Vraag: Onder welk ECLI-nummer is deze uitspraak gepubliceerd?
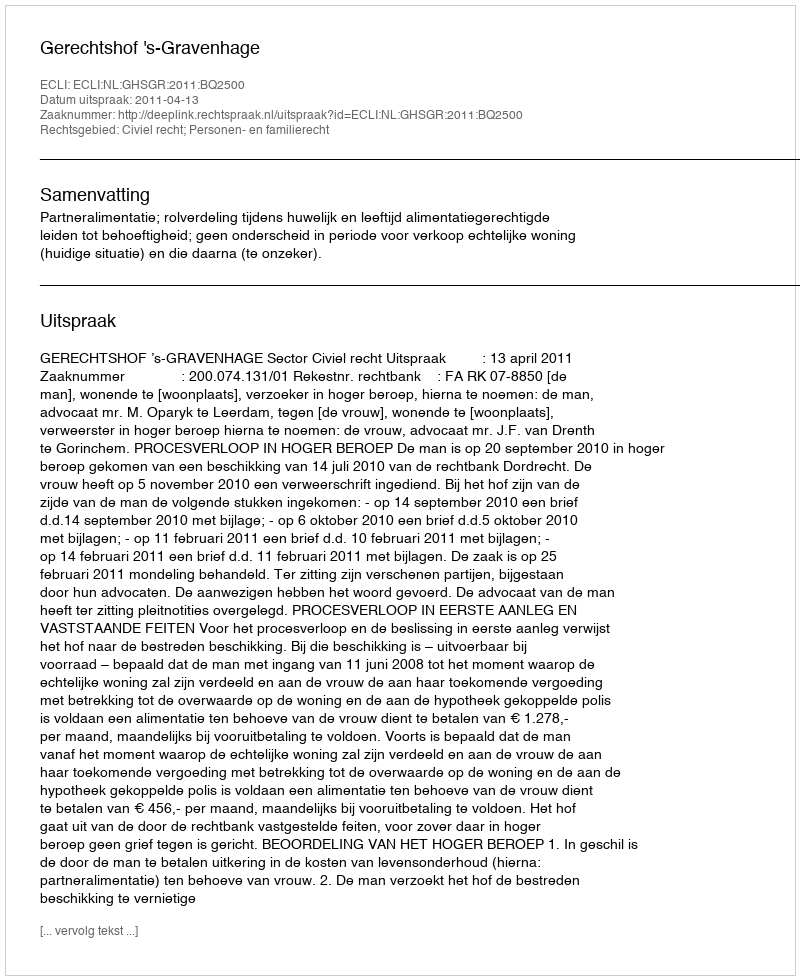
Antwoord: ECLI:NL:GHSGR:2011:BQ2500